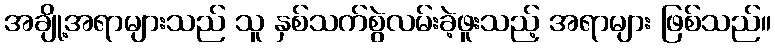
အချို့အရာများသည် သူ နှစ်သက်စွဲလမ်းခဲ့ဖူးသည့် အရာများ ဖြစ်သည်။